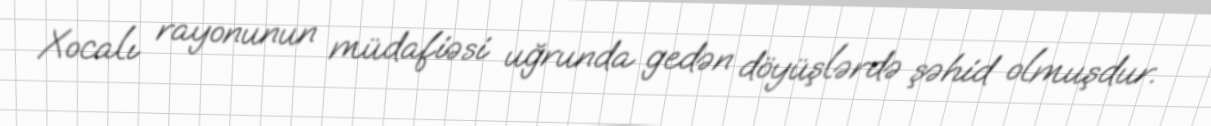
Xocalı rayonunun müdafiəsi uğrunda gedən döyüşlərdə şəhid olmuşdur.